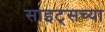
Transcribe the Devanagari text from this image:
साइट्‌सच्या